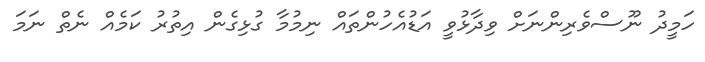
ހަމީދު ނޫސްވެރިންނަށް ވިދާޅުވީ އަޑުއެހުންތައް ނިމުމާ ގުޅިގެން އިތުރު ކަމެއް ނެތް ނަމަ